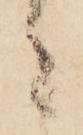
々